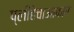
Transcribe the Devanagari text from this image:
प्लीहेचाआकार